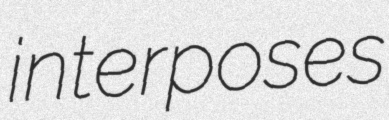
interposes